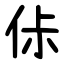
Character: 㑐